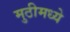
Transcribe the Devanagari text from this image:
मुठीमध्ये